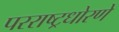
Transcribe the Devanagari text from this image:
परराष्ट्रधोरणे